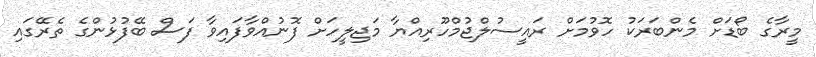
މީރާގެ ބޯޑަށް މެންބަރަކު ހޮވުމަށް ރައީސުލްޖުމްހޫރިއްޔާ މަޖިލީހަށް ފޮނުއްވާފައިވާ ފަސް ބޭފުޅުންގެ ތެރޭގައި